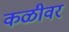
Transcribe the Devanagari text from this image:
कळीवर